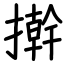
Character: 擀